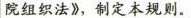
院组织法》，制定本规则。